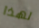
لهذا